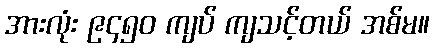
အားလုံး ၉၄၅၀ ကျပ် ကျသင့်တယ် အစ်မ။